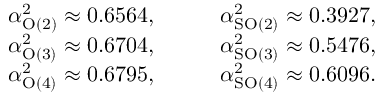
\begin{array} { r l } { \alpha _ { \mathrm { O } ( 2 ) } ^ { 2 } \approx 0 . 6 5 6 4 , } & { \qquad \alpha _ { \mathrm { S O } ( 2 ) } ^ { 2 } \approx 0 . 3 9 2 7 , } \\ { \alpha _ { \mathrm { O } ( 3 ) } ^ { 2 } \approx 0 . 6 7 0 4 , } & { \qquad \alpha _ { \mathrm { S O } ( 3 ) } ^ { 2 } \approx 0 . 5 4 7 6 , } \\ { \alpha _ { \mathrm { O } ( 4 ) } ^ { 2 } \approx 0 . 6 7 9 5 , } & { \qquad \alpha _ { \mathrm { S O } ( 4 ) } ^ { 2 } \approx 0 . 6 0 9 6 . } \end{array}